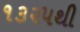
૧૩૨૫થી